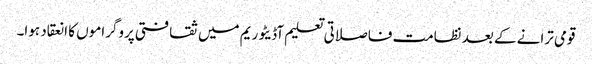
قومی ترانے کے بعد نظامت فاصلاتی تعلیم آڈیٹوریم میں ثقافتی پروگراموں کا انعقاد ہوا۔